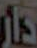
دار